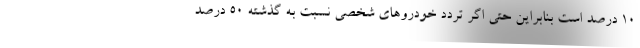
۱۰ درصد است بنابراین حتی اگر تردد خودروهای شخصی نسبت به گذشته ۵۰ درصد